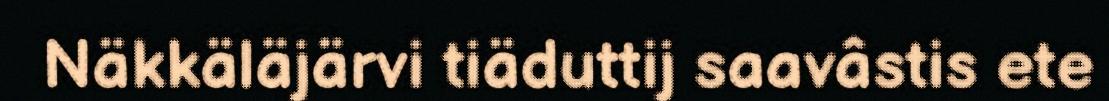
Näkkäläjärvi tiäduttij saavâstis ete